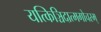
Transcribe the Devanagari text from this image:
यत्किञ्चिदात्मगोचरम्